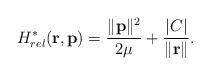
LaTeX: \begin{align*}H_{rel}^*({\bf r}, {\bf p})=\frac{\|{\bf p}\|^2}{2\mu} +\frac{\vert C \vert}{\|{\bf r}\|}.\end{align*}